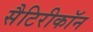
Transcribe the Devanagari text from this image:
सैटिरीकॉन